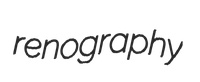
renography